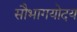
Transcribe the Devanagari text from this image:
सौभागयोदय